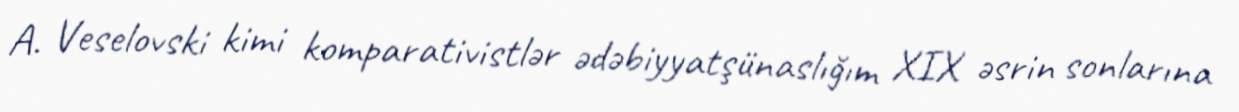
A. Veselovski kimi komparativistlər ədəbiyyatşünaslığım XIX əsrin sonlarına